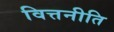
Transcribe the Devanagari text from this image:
वित्तनीति